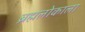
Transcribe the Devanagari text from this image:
ब्रह्मलोकाला